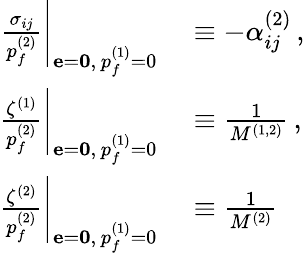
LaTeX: \begin{array}{rl}{\left.\frac{\sigma_{ij}}{p_{f}^{(2)}}\right|_{{\mathbf{e}=\mathbf{0}},\, p_{f}^{(1)}=0}}&{{}\equiv-\alpha_{ij}^{(2)}\, ,}\\ {\left.\frac{\zeta^{(1)}}{p_{f}^{(2)}}\right|_{{\mathbf{e}=\mathbf{0}},\, p_{f}^{(1)}=0}}&{{}\equiv\frac{1}{M^{(1,2)}}\, ,}\\ {\left.\frac{\zeta^{(2)}}{p_{f}^{(2)}}\right|_{{\mathbf{e}=\mathbf{0}},\, p_{f}^{(1)}=0}}&{{}\equiv\frac{1}{M^{(2)}}\, }\end{array}